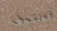
فولكوف